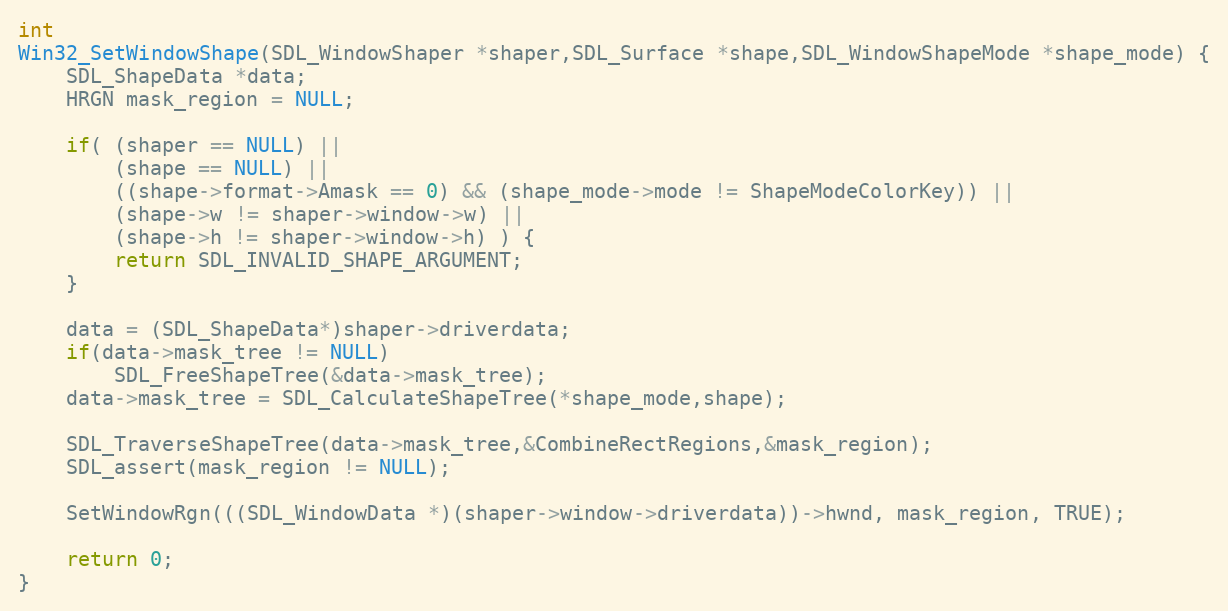
Language: C
int
Win32_SetWindowShape(SDL_WindowShaper *shaper,SDL_Surface *shape,SDL_WindowShapeMode *shape_mode) {
    SDL_ShapeData *data;
    HRGN mask_region = NULL;

    if( (shaper == NULL) ||
        (shape == NULL) ||
        ((shape->format->Amask == 0) && (shape_mode->mode != ShapeModeColorKey)) ||
        (shape->w != shaper->window->w) ||
        (shape->h != shaper->window->h) ) {
        return SDL_INVALID_SHAPE_ARGUMENT;
    }

    data = (SDL_ShapeData*)shaper->driverdata;
    if(data->mask_tree != NULL)
        SDL_FreeShapeTree(&data->mask_tree);
    data->mask_tree = SDL_CalculateShapeTree(*shape_mode,shape);

    SDL_TraverseShapeTree(data->mask_tree,&CombineRectRegions,&mask_region);
    SDL_assert(mask_region != NULL);

    SetWindowRgn(((SDL_WindowData *)(shaper->window->driverdata))->hwnd, mask_region, TRUE);

    return 0;
}